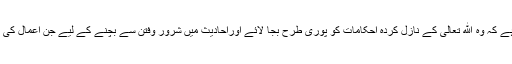
ایک مسلمان کے لیے کرنے کا کام یہ ہے کہ وہ الله تعالیٰ کے نازل کردہ احکامات کو پوری طرح بجا لائے اوراحادیث میں شرور وفتن سے بچنے کے لیے جن اعمال کی ترغیب دی گئی ہے، ان کا اہتمام کرے۔